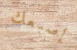
إصبعك